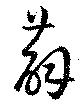
薜